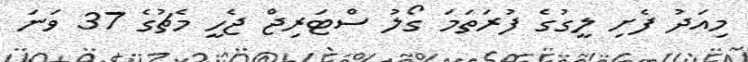
މިއަދު ފެށި ލީގުގެ ފުރަތަމަ ގޯލު ސްޓަރިޖް ޖެހީ މެޗުގެ 37 ވަނަ